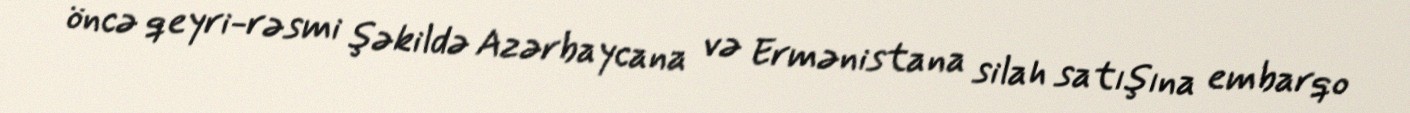
öncə qeyri-rəsmi şəkildə Azərbaycana və Ermənistana silah satışına embarqo